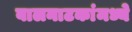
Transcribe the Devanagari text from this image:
बालनाटकांमध्ये